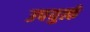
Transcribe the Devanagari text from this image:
उपयुर्त्क